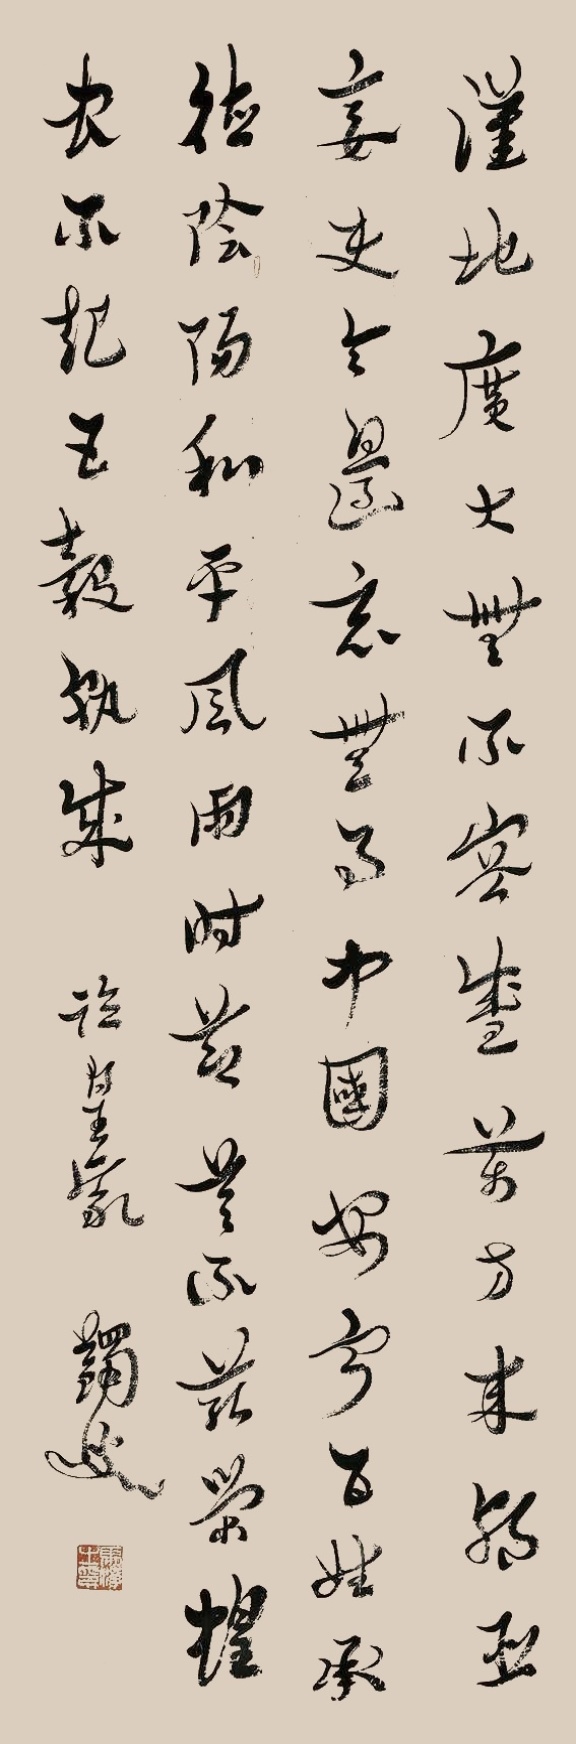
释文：汉地广大，无不容盛。万方来朝，臣妾使令。边境无事，中国安宁。百姓承德，阴阳和平。风雨时节，莫不滋荣。蝗灾不起，五谷孰成。临皇象，蠲叟。